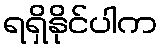
ရရှိနိုင်ပါက